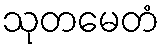
သုတမေတံ